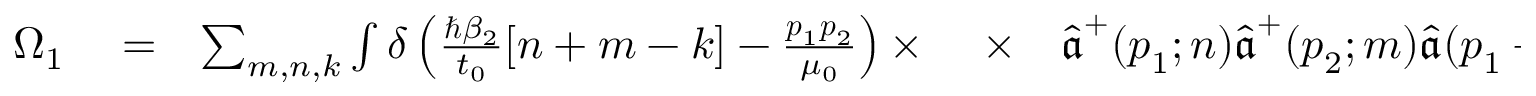
\begin{array} { r l r l r } { \Omega _ { 1 } } & { { } = } & { \sum _ { m , n , k } \int \delta \left( \frac { \hbar \beta _ { 2 } } { t _ { 0 } } [ n + m - k ] - \frac { \boldsymbol { p } _ { 1 } \boldsymbol { p } _ { 2 } } { \mu _ { 0 } } \right) \times \ } & { { } \times } & { \hat { \boldsymbol { \mathfrak a } } ^ { + } ( \boldsymbol { p } _ { 1 } ; n ) \hat { \boldsymbol { \mathfrak a } } ^ { + } ( \boldsymbol { p } _ { 2 } ; m ) \hat { \boldsymbol { \mathfrak a } } ( \boldsymbol { p } _ { 1 } + \boldsymbol { p } _ { 2 } ; k ) d ^ { 3 } \boldsymbol { p } _ { 1 } d ^ { 3 } \boldsymbol { p } _ { 2 } \, . } \end{array}